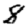
Digit: 8